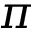
\pi